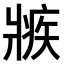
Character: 𤖏